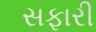
સફારી